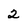
Character: 2